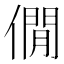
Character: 僩